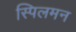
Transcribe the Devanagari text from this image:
स्पिलमन